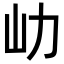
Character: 𡴽